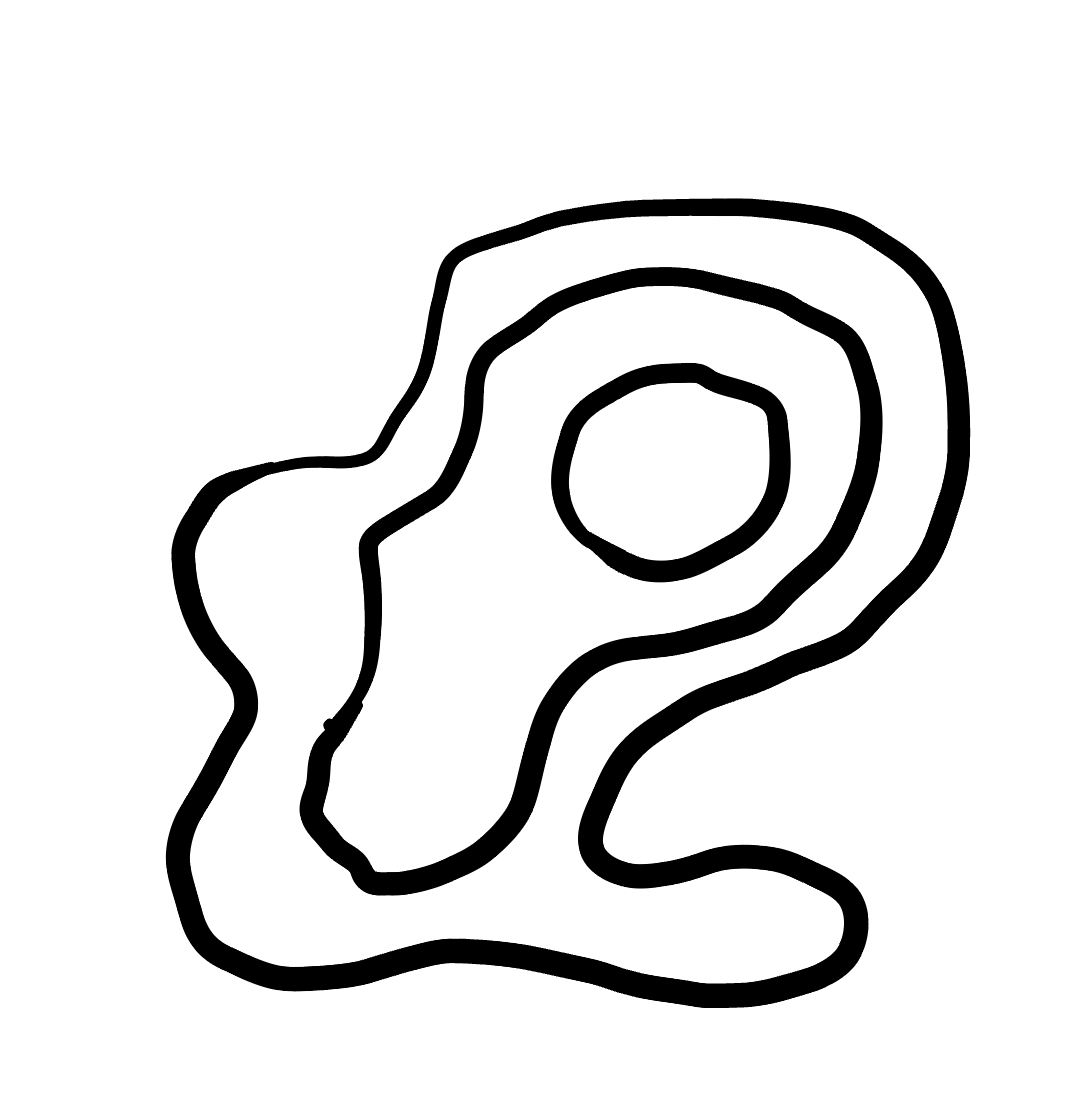
Number of regions (including the outer root region): 4
Containment tree edges (parent, child): 0, 1, 1, 2, 2, 3